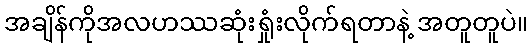
အချိန်ကိုအလဟဿဆုံးရှုံးလိုက်ရတာနဲ့ အတူတူပဲ။